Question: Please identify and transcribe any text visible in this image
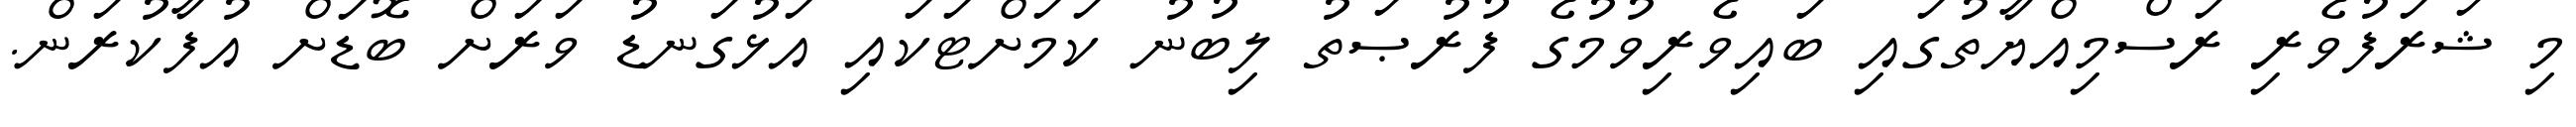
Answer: މި ޝަރަފުވެރި ރަސްމިއްޔާތުގައި ބައިވެރިވުމުގެ ފުރުޞަތު ލިބުނު ކަމަށްޓަކައި އަޅުގަނޑު ވަރަށް ބޮޑަށް އުފާކުރަން.